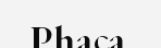
Phaca